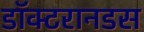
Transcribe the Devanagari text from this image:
डॉक्टरानडस